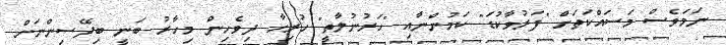
ނަމަވެސް މަސައްކަތަށް "ފަރުވާކުޑަ" ކަމުންނާއި "ހަރުނުލާތީ" ހުރިހާ ދިވެހިން މިހާރު ބަނީ ބިދޭސިންނަށް